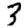
Digit: 3